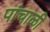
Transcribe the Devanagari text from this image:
पांचाळी